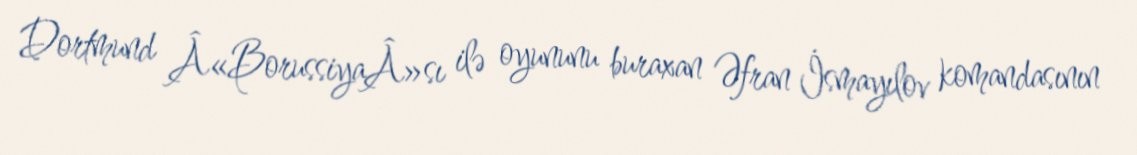
Dortmund Â«BorussiyaÂ»sı ilə oyununu buraxan Əfran İsmayılov komandasının